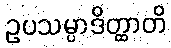
ဥပသမ္ပာဒိတ္ထာတိ